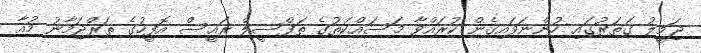
ޖަމީލު ގަތަރުގައި ހުންނަވައިގެން ކުރައްވާ މަސައްކަތުގެ ތަފްސީލް ރައީސް އޮފީހުގެ ތަރްޖަމާނު މުއާ